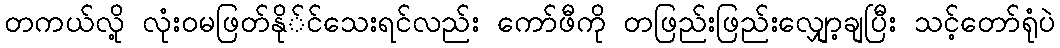
တကယ်လို့ လုံးဝမဖြတ်နို်င်သေးရင်လည်း ကော်ဖီကို တဖြည်းဖြည်းလျှော့ချပြီး သင့်တော်ရုံပဲ